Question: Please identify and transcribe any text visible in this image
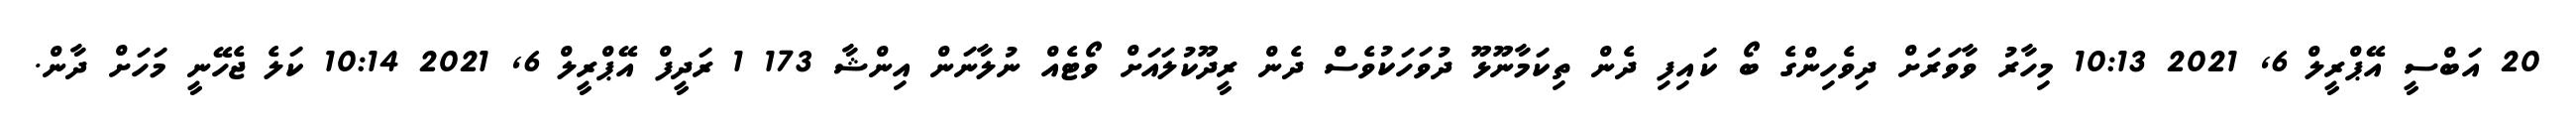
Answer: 20 އަބްސީ އޭޕްރީލް 6, 2021 10:13 މިހާރު ވާވަރަށް ދިވެހިންގެ ބޯ ކައިފި ދެން ތިކަމާނޫޅޫ ދުވަހަކުވެސް ދެން ރީދޫކުލައަށް ވޯޓެއް ނުލާނަން އިންޝާ 173 1 ރަދީފް އޭޕްރީލް 6, 2021 10:14 ކަލެ ޖެހޭނީ މަހަށް ދާން.